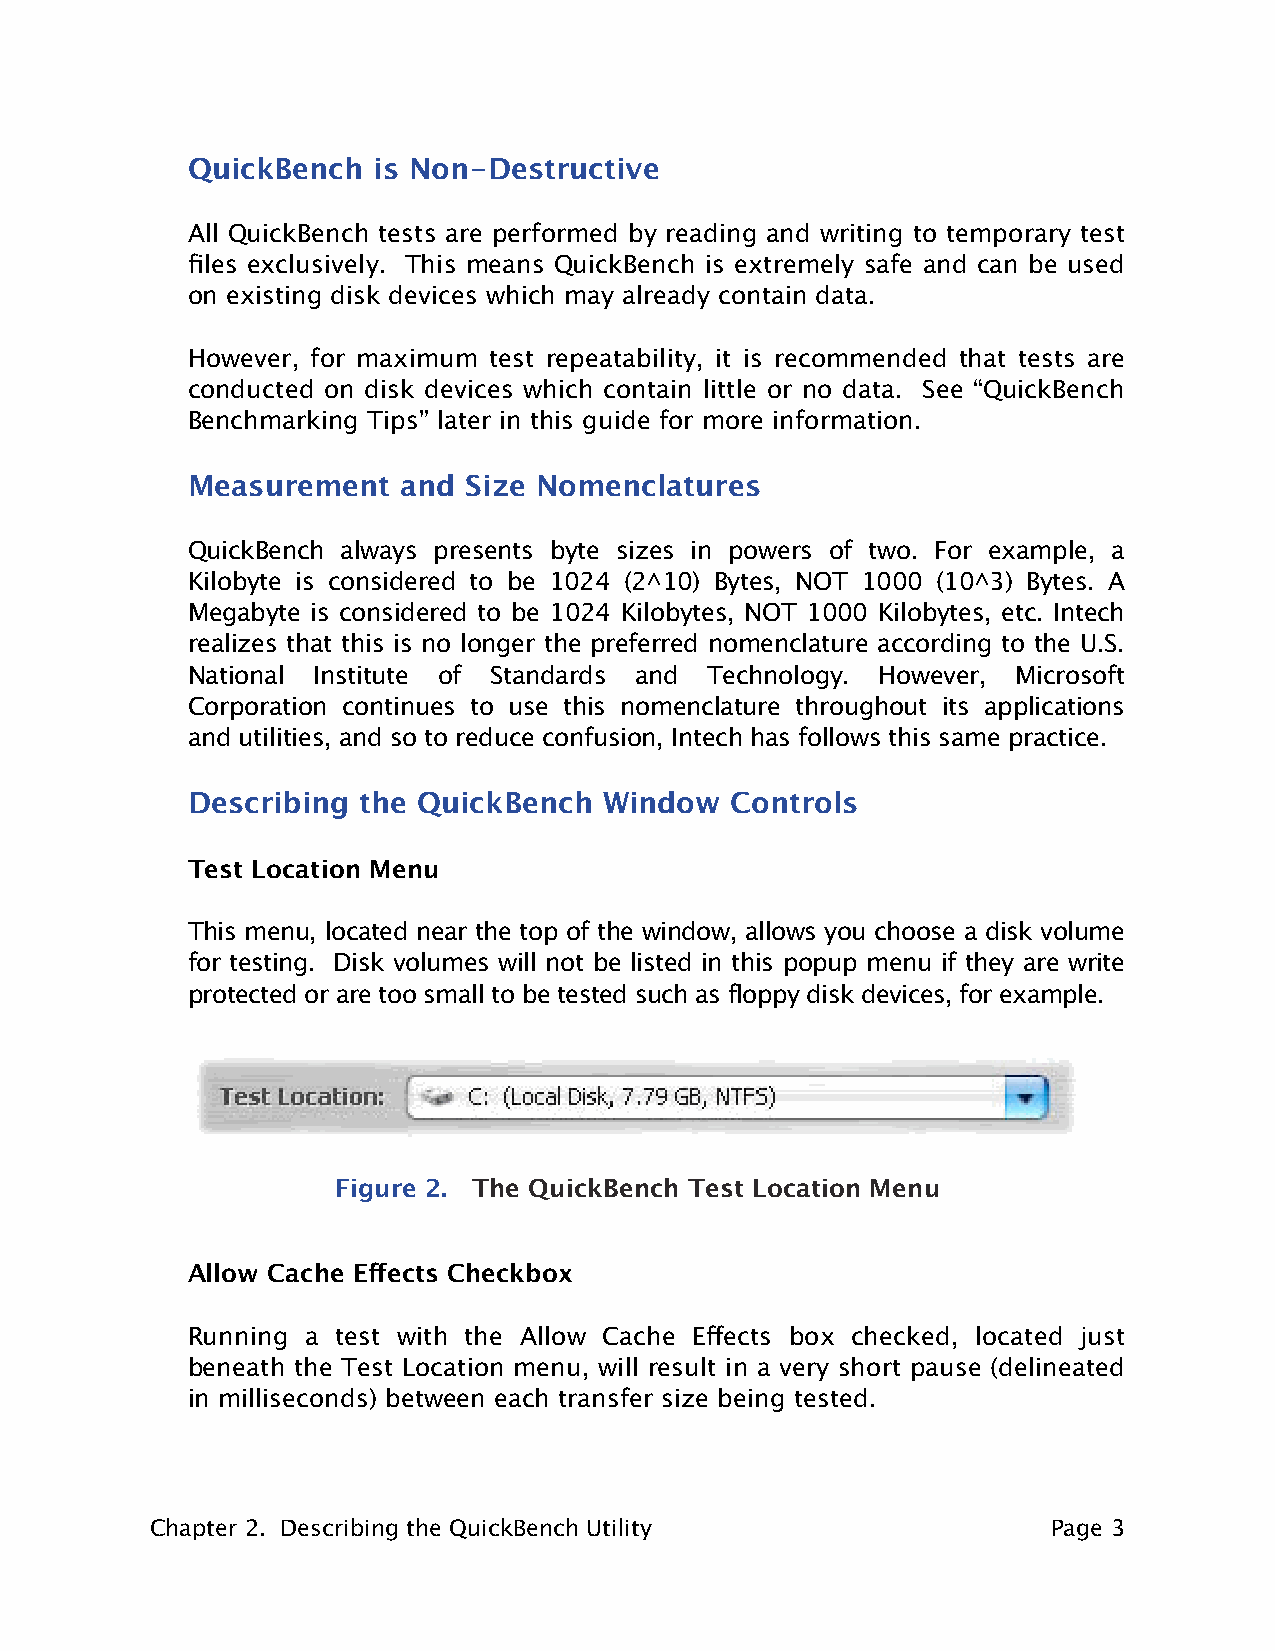
QuickBench   is Non-Destructive
 All QuickBench tests are performed by reading and writing to temporary test
 files exclusively. This means QuickBench is extremely safe and can be used
 on existing disk devices which may already contain data.
 However, for maximum test repeatability, it is recommended that tests are
 conducted on disk devices which contain little or no data. See “QuickBench
 Benchmarking Tips” later in this guide for more information.
 Measurement   and  Size Nomenclatures
 QuickBench always presents byte sizes in powers of two. For example, a
 Kilobyte is considered to be 1024 (2^10) Bytes, NOT 1000 (10^3) Bytes. A
 Megabyte is considered to be 1024 Kilobytes, NOT 1000 Kilobytes, etc. Intech
 realizes that this is no longer the preferred nomenclature according to the U.S.
 National Institute of Standards and Technology. However, Microsoft
 Corporation continues to use this nomenclature throughout its applications
 and utilities, and so to reduce confusion, Intech has follows this same practice.
 Describing  the QuickBench  Window  Controls
 Test Location Menu
 This menu, located near the top of the window, allows you choose a disk volume
 for testing. Disk volumes will not be listed in this popup menu if they are write
 protected or are too small to be tested such as floppy disk devices, for example.
 Figure 2. The QuickBench Test Location Menu
 Allow Cache Effects Checkbox
 Running a test with the Allow Cache Effects box checked, located just
 beneath the Test Location menu, will result in a very short pause (delineated
 in milliseconds) between each transfer size being tested.
 Chapter 2. Describing the QuickBench Utility                Page 3